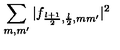
\sum _ { m , m ^ { \prime } } | f _ { \frac { l + 1 } { 2 } , \frac { l } { 2 } , m m ^ { \prime } } | ^ { 2 }